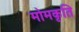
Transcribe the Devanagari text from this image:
मोमकृति